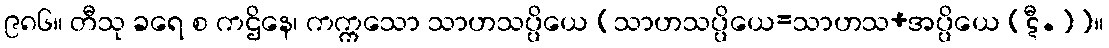
၉၈၆။ တီသု ခရေ စ ကဌိနေ၊ ကက္ကသော သာဟသပ္ပိယေ [သာဟသပ္ပိယေ=သာဟသ+အပ္ပိယေ (ဋီ.)]။